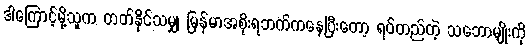
ဒါကြောင့်မို့သူက တတ်နိုင်သမျှ မြန်မာအစိုးရဘက်ကနေပြီးတော့ ရပ်တည်တဲ့ သဘောမျိုးကို